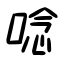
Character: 唸